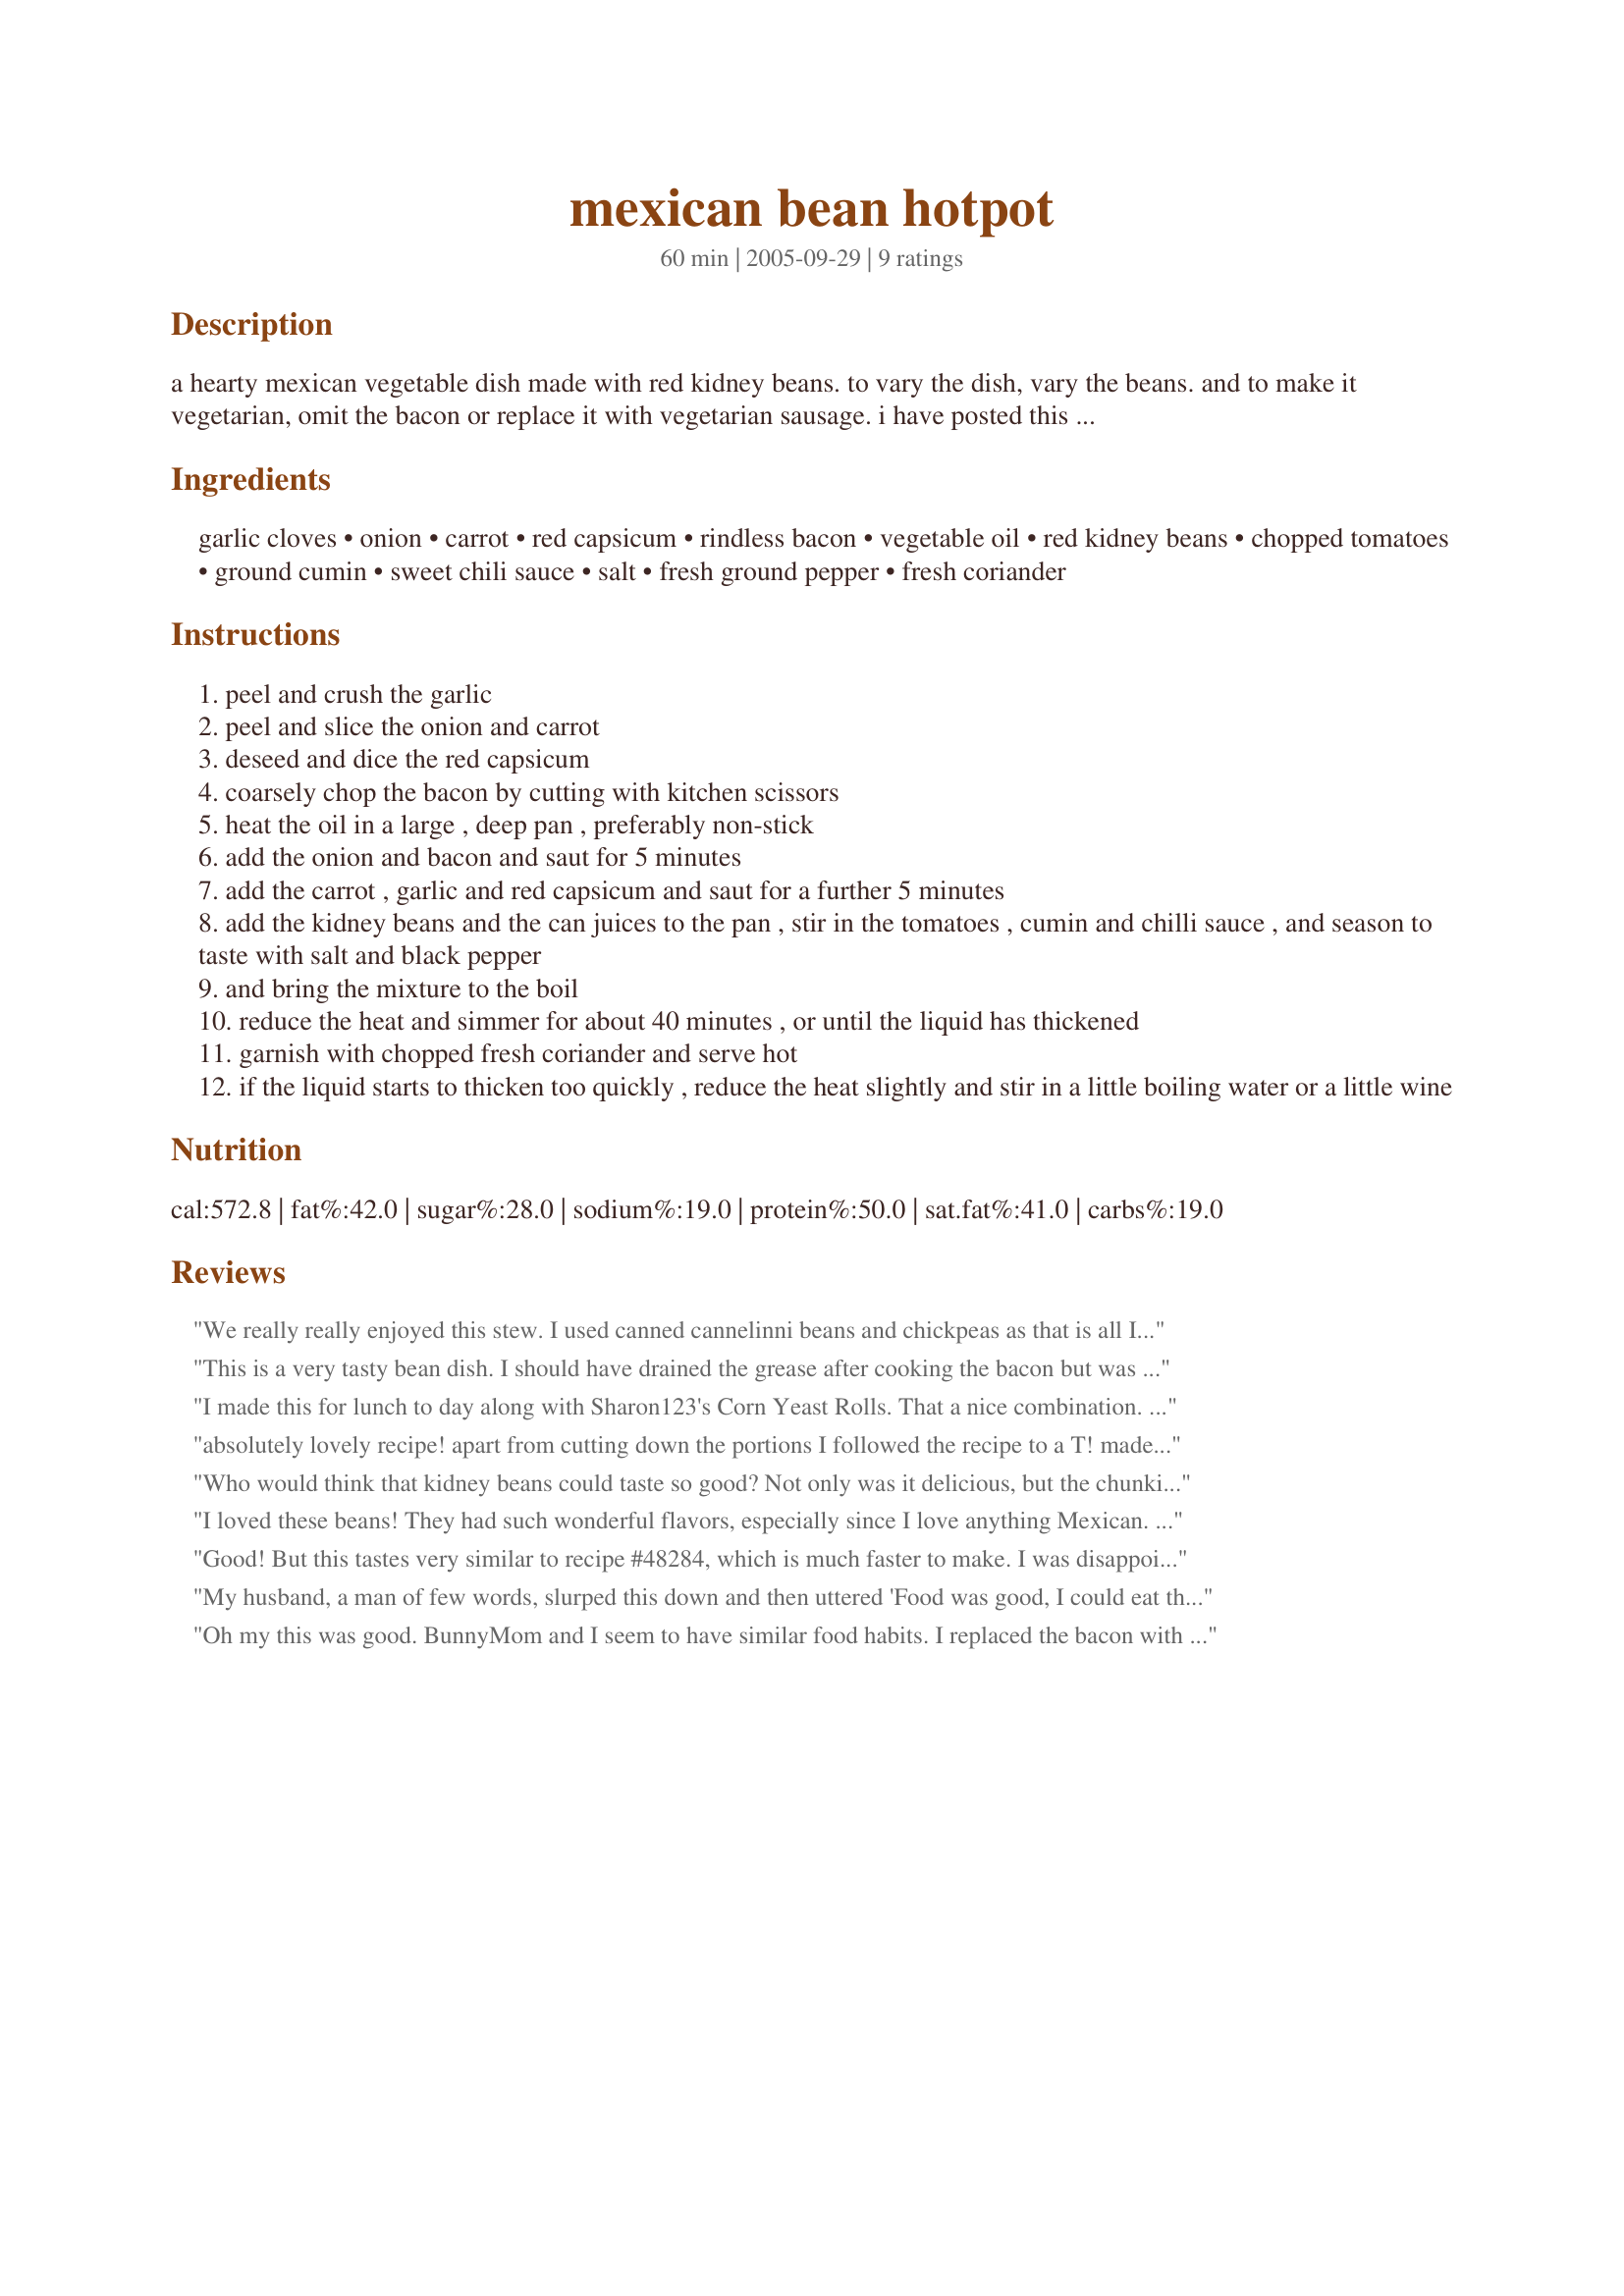
mexican bean hotpot
Preparation time: 60 minutes

a hearty mexican vegetable dish made with red kidney beans. to vary the dish, vary the beans. and to make it vegetarian, omit the bacon or replace it with vegetarian sausage. i have posted this recipe, adapted from an international masters '1001 recipes for pan or wok' for the 2005 zaar world tour.

Ingredients:
garlic cloves, onion, carrot, red capsicum, rindless bacon, vegetable oil, red kidney beans, chopped tomatoes, ground cumin, sweet chili sauce, salt, fresh ground pepper, fresh coriander

Steps:
peel and crush the garlic
peel and slice the onion and carrot
deseed and dice the red capsicum
coarsely chop the bacon by cutting with kitchen scissors
heat the oil in a large , deep pan , preferably non-stick
add the onion and bacon and saut for 5 minutes
add the carrot , garlic and red capsicum and saut for a further 5 minutes
add the kidney beans and the can juices to the pan , stir in the tomatoes , cumin and chilli sauce , and season to taste with salt and black pepper
and bring the mixture to the boil
reduce the heat and simmer for about 40 minutes , or until the liquid has thickened
garnish with chopped fresh coriander and serve hot
if the liquid starts to thicken too quickly , reduce the heat slightly and stir in a little boiling water or a little wine

Reviews:
We really really enjoyed this stew. I used canned cannelinni beans and chickpeas as that is all I had. We added vegetarian sausages and ommitted the bacon. Served it with cornbread. Delicious!
This is a very tasty bean dish. I should have drained the grease after cooking the bacon but was in a hurry and didn't think about it until I had dumped a can of beans in!! It really didn't taste greasy but I knew the grease was there. Next time (and there will be a next time) I will drain it. I do think the bacon adds a nice flavour. My husband has a 'thing' about cumin so I left it out and it still tasted great. Thanks for sharing your recipe. Made for PRMR.
I made this for lunch to day along with Sharon123's Corn Yeast Rolls. That a nice combination. For the hotpot, I omitted the bacon to make the dish vegetarian. Also, since I have this strange aversion to the juices in cans of beans, I drained the beans, and replaced with some tomato sauce. I try to keep my fiber intake up and my fat low, so this recipe really fits the bill, so long as I skip the bacon :)
absolutely lovely recipe! apart from cutting down the portions I followed the recipe to a T! made a perfect accompaniment with pork sweet chilli burgers! Thank you bluemoon. Makes the beans in Blazing saddles look tame!!!
Who would think that kidney beans could taste so good? Not only was it delicious, but the chunkiness of the vegetables and bits of bacon made this have a great "mouth-feel". I used a green capsicum which added contrast to the red beans. tomatoes, and orange carrots. It went very nicely with tacos made from Recipe#369923 and Recipe#161522. Thamks bluemoon downunder. Made for Ali Baba's Babes for ZWT5 and will make this way again :)
I loved these beans! They had such wonderful flavors, especially since I love anything Mexican. I made these to go with Recipe #307580, and we enjoyed the combination. These beans are great any time of year. I plan to have them another time with hot dogs and burgers off the grill. Thank you for sharing with us Bluemoon! Made for Zaar Stars Tag Game 4/09 Linda
Good! But this tastes very similar to recipe #48284, which is much faster to make. I was disappointed because I was looking for something different. I would like to tweak it so the sweet chili sauce is a more pronounced flavor in the final dish.&lt;br/&gt;5/24/13: Better- 1/4 cup sweet chili sauce, smoked paprika instead of cumin, and a tablespoon of bbq sauce. A whole different recipe, I guess... but very delish!
My husband, a man of few words, slurped this down and then uttered 'Food was good, I could eat that all again'. For him, that is like a five star review and so that is exactly what I shall give. The recipe was really easy to put together. I kept it veggie but simply leaving out the bacon and doubling up on the carrots. I used one can of kidney beans and one can of pinto beans and that turned out to be a nice pairing. I am sure we will be making this again and next time trying some qourn sausages in the mix. Made for 1-2-3 Hit Wonder tag.
Oh my this was good. BunnyMom and I seem to have similar food habits. I replaced the bacon with about a half cup of soy sausage crumbles and drained but did not rinse the beans before adding. To replace the lost liquid, added 3 tablespoons of tomato paste diluted with a cup of water. Also added a chopped poblano which added a little smokiness (along with the cumin) and color without changing the heat level on this which is low and even has a touch of sweetness from the chili sauce. Will make this again and again. Thanks bluemoon.
